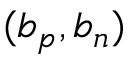
( b _ { p } , b _ { n } )